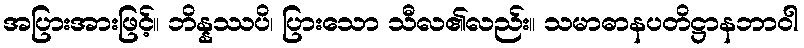
အပြားအားဖြင့်။ ဘိန္နဿပိ၊ ပြားသော သီလ၏လည်း။ သမာဓာနပတိဋ္ဌာနဘာဝါ